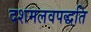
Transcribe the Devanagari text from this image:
दशमलवपद्धति